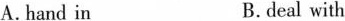
A.hand in B.deal with